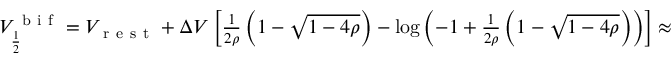
\begin{array} { r } { V _ { \frac { 1 } { 2 } } ^ { \mathrm { ~ b ~ i ~ f ~ } } = V _ { \mathrm { ~ r ~ e ~ s ~ t ~ } } + \Delta V \left[ \frac { 1 } { 2 \rho } \left( 1 - \sqrt { 1 - 4 \rho } \right) - \log \left( - 1 + \frac { 1 } { 2 \rho } \left( 1 - \sqrt { 1 - 4 \rho } \right) \right) \right] \approx 8 5 . 5 3 4 2 ~ \mathrm { ~ m ~ V ~ } , } \end{array}